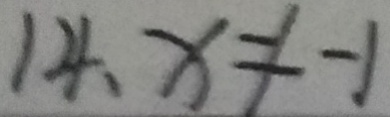
1 4 . x \neq - 1